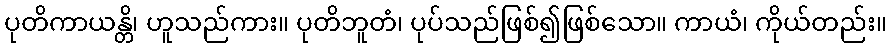
ပုတိကာယန္တိ၊ ဟူသည်ကား။ ပုတိဘူတံ၊ ပုပ်သည်ဖြစ်၍ဖြစ်သော။ ကာယံ၊ ကိုယ်တည်း။